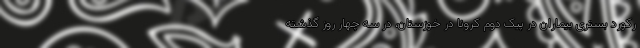
رکورد بستری بیماران در پیک دوم کرونا در خوزستان، در سه چهار روز گذشته